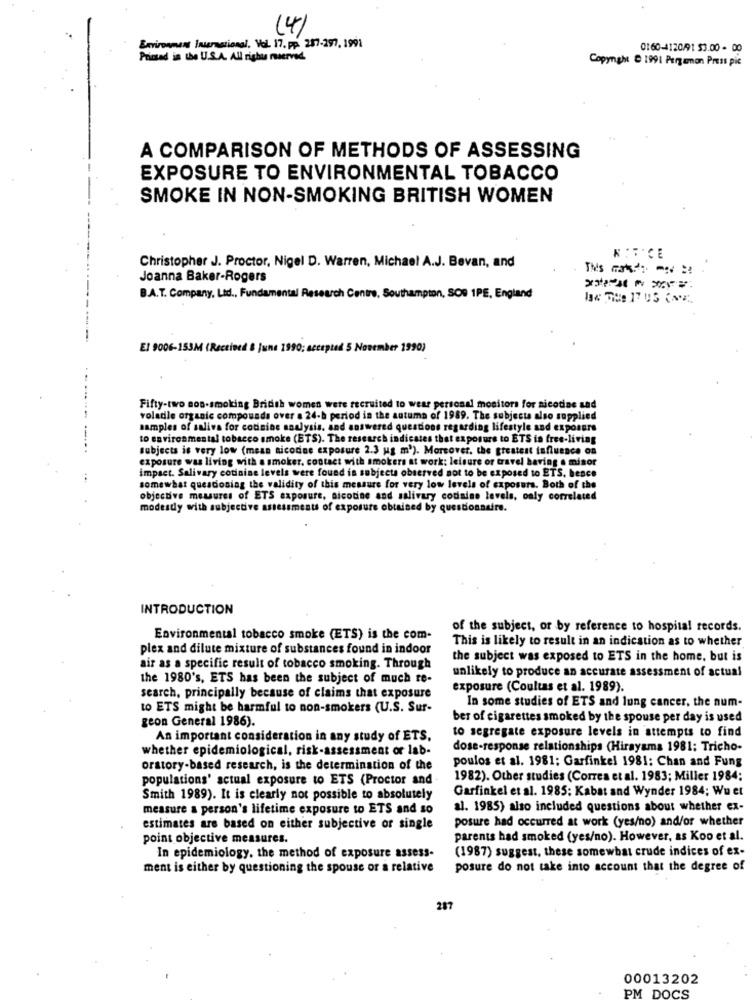
(4)
Environment International, Vol. 17. pp. 287-297, 1991
0160-4120/91 53.00 - 00
Pricsad in the U.S.A. All right meerved.
Copyright @ 1991 Pergamon Press pic
A COMPARISON OF METHODS OF ASSESSING
EXPOSURE TO ENVIRONMENTAL TOBACCO
SMOKE IN NON-SMOKING BRITISH WOMEN
Christopher J. Proctor, Nigel D. Warren, Michael A.J. Bevan, and
KIBICE
Joanna Baker-Rogers
B.A.T. Company, Ltd ., Fundamental Research Centre, Southampton, SOS 1PE, England
-------
EJ 9006-153M (Received & June 1990; accepted 5 November 1990)
....
Fifty-two non-smoking British women were recruited to wear personal monitors for nicotine and
voladie organic compounds over a 24-b period in the autumn of 1989. The subjects also supplied
samples of saliva for cousine analysis, and answered questions regarding lifestyle and exposure
to environmental tobacco smoke (ETS). The research indicates that exposure to ETS in free-living
subjects is very low (mean nicodne exposure 2.3 ug m'). Moreover, the greatest influence on
exposure was living with a smoker. contact with smokers at work: leisure or travel having . misor
impact. Salivary cotinine levels were found in subjects observed not to be exposed to ETS. bence
somewhat questioning the validity of this messurs for very low levels of exposers. Both of the
objective mesures of ETS exposure, nicotine and salivary codiaine levels, only correlated
modestly with subjective assessments of exposure obtained by questionnaire.
INTRODUCTION
of the subject, or by reference to hospital records.
Environmental tobacco smoke (ETS) is the com-
This is likely to result in an indication as to whether
plex and dilute mixture of substances found in indoor
the subject was exposed to ETS in the home, but is
air as a specific result of tobacco smoking. Through
unlikely to produce an accurate assessment of actual
the 1980's, ETS has been the subject of much re-
exposure (Coultas et al. 1989).
search, principally because of claims that exposure
to ETS might be harmful to non-smokers (U.S. Sur-
In some studies of ETS and lung cancer, the num-
geon General 1986).
ber of cigarettes smoked by the spouse per day is used
to segregate exposure levels in attempts to find
An important consideration in any study of ETS.
whether epidemiological, risk-assessment or lab-
dose-response relationships (Hirayama 1981; Tricho-
orstory-based research, is the determination of the
poulos et al. 1981: Garfinkel 1981: Chan and Fung
populations' actual exposure to ETS (Proctor and
1982). Other studies (Corres et al. 1983; Miller 1984;
Garfinkel et al. 1985: Kabat and Wynder 1984; Wu et
Smith 1989). It is clearly not possible to absolutely
measure a person's lifetime exposure to ETS and so
al. 1985) also included questions about whether ex-
posure had occurred at work (yes/no) and/or whether
estimates are based on either subjective or single
point objective measures.
parents had smoked (yes/no). However, as Koo et al.
(1987) suggest, these somewhat crude indices of ex-
In epidemiology, the method of exposure assess-
ment is either by questioning the spouse or a relative
posure do not take into account that the degree of
287
00013202
PM DOCS